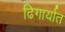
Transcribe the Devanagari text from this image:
ढिगार्यात